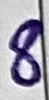
Text: 8